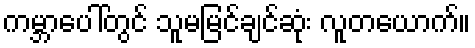
ကမ္ဘာပေါ်တွင် သူမမြင်ချင်ဆုံး လူတယောက်။